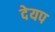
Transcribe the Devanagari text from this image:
देयप